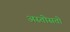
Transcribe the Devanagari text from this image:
अस्तोसतो